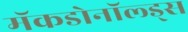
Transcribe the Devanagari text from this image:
मॅकडोनॉल्ड्स